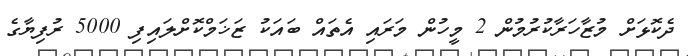
ދެކޮޅަށް މުޒާހަރާކުރުމުން 2 މީހުން މަރައި އެތައް ބައަކު ޒަޚަމްކޮށްލައިފި 5000 ރުފިޔާގެ